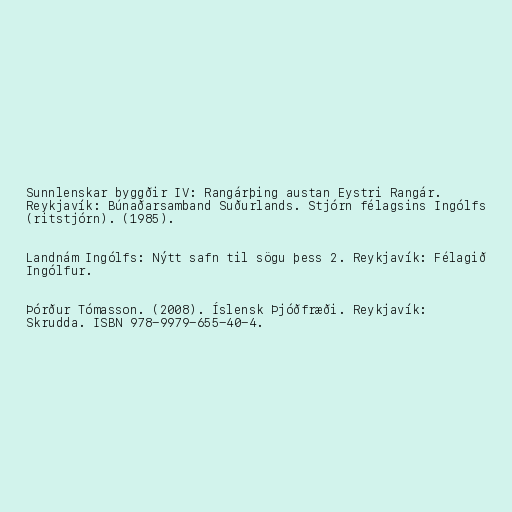
Sunnlenskar byggðir IV: Rangárþing austan Eystri Rangár.
Reykjavík: Búnaðarsamband Suðurlands. Stjórn félagsins Ingólfs
(ritstjórn). (1985).

Landnám Ingólfs: Nýtt safn til sögu þess 2. Reykjavík: Félagið
Ingólfur.

Þórður Tómasson. (2008). Íslensk Þjóðfræði. Reykjavík:
Skrudda. ISBN 978-9979-655-40-4.